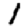
Digit: 1